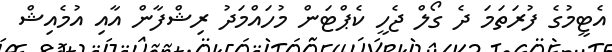
އެޓީމުގެ ފުރަތަމަ ދެ ގޯލް ޖެހީ ކެޕްޓަން މުހައްމަދު ރިޝްފާން އާއި އުމެއިޝް